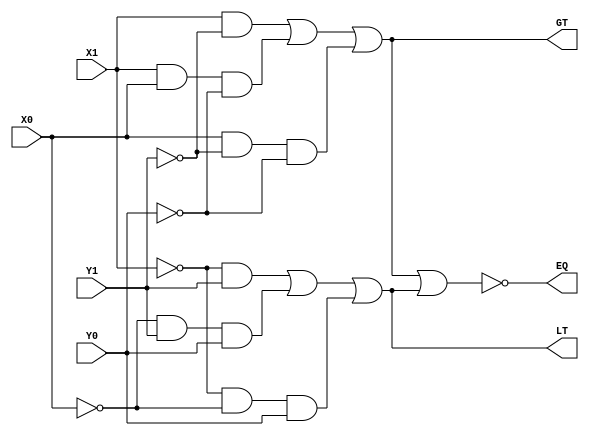
`timescale 1ns / 1ps
//////////////////////////////////////////////////////////////////////////////////
// Company: 
// Engineer: 
// 
// Design Name: 
// Module Name: greater_lower_equal
// Project Name: 
// Target Devices: 
// Tool Versions: 
// Description: 
// 
// Dependencies: 
// 
// Revision:
// Revision 0.01 - File Created
// Additional Comments:
// 
//////////////////////////////////////////////////////////////////////////////////


module greater_lower_equal(input X1,
                           input X0,
                           input Y1,
                           input Y0,
                           output LT,
                           output EQ,
                           output GT
    );
    wire lt1, lt2, lt3;
    
    assign lt1 = (~X1 & Y1);
    assign lt2 = (~X0 & Y1 & Y0);
    assign lt3 = (~X1 & ~X0 & Y0);
    assign LT = lt1 | lt2 | lt3;
    
    
    
    wire gt1, gt2, gt3;
    
    assign gt1 = (X1 & ~Y1);
    assign gt2 = (X1 & X0 & ~Y0);
    assign gt3 = (X0 & ~Y1 & ~Y0);
    
    assign GT = gt1 | gt2 | gt3;
    
    
    assign EQ = ~(GT | LT);
    
endmodule